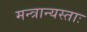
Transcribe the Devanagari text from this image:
मन्त्रान्यस्ताः